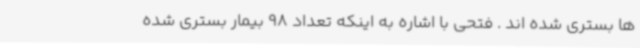
ها بستری شده اند . فتحی با اشاره به اینکه تعداد 98 بیمار بستری شده